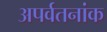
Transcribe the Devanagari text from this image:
अपर्वतनांक